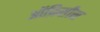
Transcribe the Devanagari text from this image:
ऑफ़िसीस